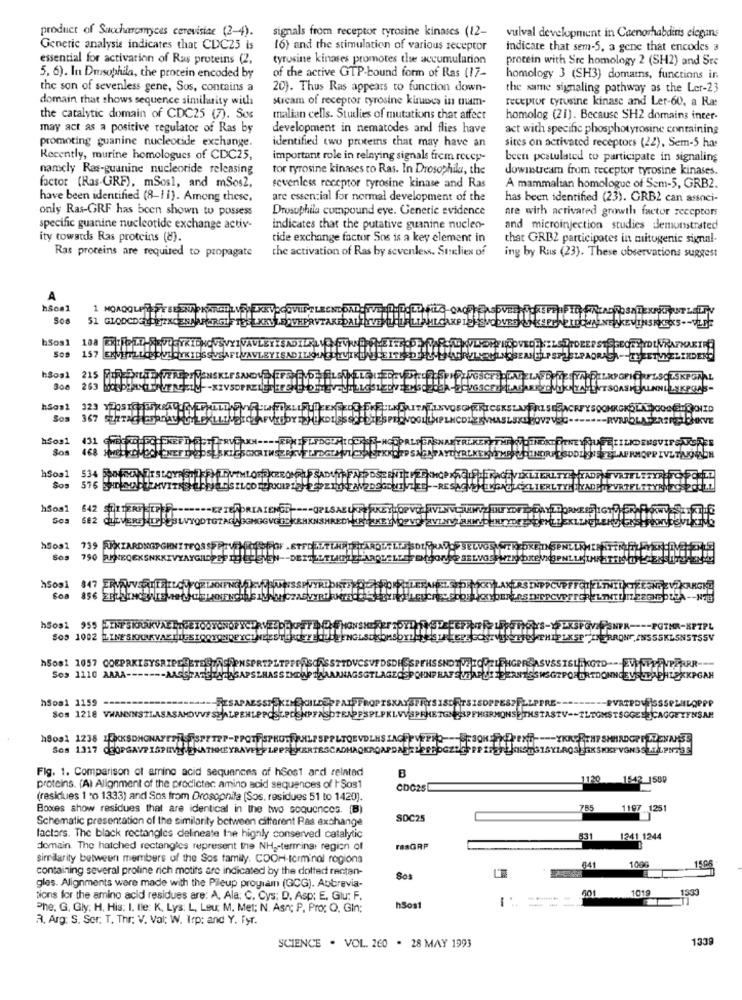
product of Saccharomyces cerevisiae (2-4).
signals from receptor tyrosine kinases (12-
vulval development in Caenorhabdiris elegans
Genetic analysis indicates that CDC25 is
(6) and the stimulation of various receptor
indicate that sem-5, a gene that encodes a
essential for activation of Ras proteins (2,
tyrosine kinases promotes the accumulation
protein with Sre homology 2 (SH2) and Ste
5, 6). In Drusophia, the procein encoded by
of the active GTP-bound form of Ras (17-
homology 3 (SH3) domains, functions in
the son of sevenless gene, Sos, contains a
20). Thus Ras appears to function down-
the same signaling pathway as the Ler-23
domain that shows sequence similarity with
stream of receptor tyrosine kuubes in mam-
receptor tyrusine kinase and Ler-60, a Ras
the catalytic domain of CDC25 (7). Sos
malian cells. Studies of mutations that affect
homolog (21). Because SH2 domains inter-
may act as a positive regulator of Ras by
development in nematodes and flies have
act with specific phosphotyrosine containing
promoting guanine nucleotide exchange.
identified two proteins that may have an
sites on activated receptors (22), Sem-5 has
Recently, murine homologues of CDC25,
important role in relaying signals frem recey-
been postulated to participate in signaling
namely Ras-guanine nucleotide releasing
tor tyrosine kinases to Ras. In Drosophila, the
downstream from receptor tyrosine kinases.
factor (Ras-GRF), mSosl, and mSos2,
sevenless receptor tyrosine kinase and Ras
A mammalian homologue of Sem-5, GRB2.
have been identified (8-1 1). Among these.
are essential for normal development of the
has been identified (23). GRB2 can associ-
only Ras-GRF has been shown to possess
Drosophila compound eye. Generic evidence
are with activated growth factor receptors
specific guanine nucleotide exchange activ-
indicates that the putative guanine nucleo-
and microinjection studies demonstrated
ity towards Ras proteins (8).
tide exchange factor Sos is a key element in
that GRBZ participates in mitogenic signal-
the activation of Ras by sevenles. Steelies of
Ras proteins are required to propagate
ing by Rus (23). These observations suggest
PIDOWANE
h5os1
SOS
FELPAORAGN -TWEETUKELIND
300
h5091
Sos
hsos1
Sos
hSos1
Sos
h5os1
642 STTTERE TPER --
Sos
h5os1
hSos1
SSSSKI
SSY
Sos 1110 AAAA-
SGTLAGEQ
HSGTFOHBRTDONNE
hSos1 1159
PVRTPDUESSSPZULOPPP
-- TLTOMSTSOGEEJCAGGE XFNSAR
Fig. 1. Comparison of amino acid sequences of hSost and related
B
120
1542 1589
proteins. (A) Alignment of the prodictec amino acid sequences of ISos1
CDC25
(residues 1 to 1333) and Sos from Drosophila (Sos, residues 51 to 1420).
Boxes show residues that are identical in the two sequences. [B)
785
1197 1251
Schematic presentation of the similarity between cifferent Pas exchange
SOC25
factors. The black rectangles delineate the highly conserved catalytic
831
1241 1244
domain. The hatched rectangles represent the NH2-terminar region of
rasGRP
sineilarity between members of the Sos family. COOH-Icrminal rogions
1000
15.95
containing several proline rich motifs are indicated by the dotted rectan-
641
Sos
gles. Alignments were made with the Pileup program (GCG). Abbrevia-
601
1019
tions for the amino acid residues are: A, Ala: C. Cys: D. Asp: E, Glu; F.
1333
Phe. G. Gly; H. His: I. tle: K, Lys: L, Leu; M. Met; N. Asn; P. Pro; O, GIn;
hSos1
R. Arg: S. Ser. T. Thr. V. Val; W. Irp: and Y. Fyr.
1338
SCIENCE . VOL. 260 . 28 MAY 1993